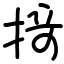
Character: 𢰤